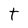
Character: t